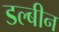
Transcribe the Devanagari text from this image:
डल्बीन